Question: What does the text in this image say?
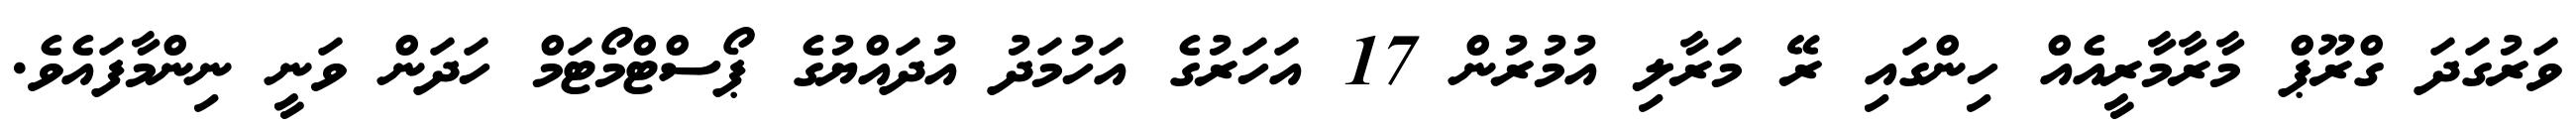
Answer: ވަރުގަދަ ގްރޫޕް މާރާމާރީއެއް ހިންގައި ރޭ މަރާލި އުމުރުން 17 އަހަރުގެ އަހުމަދު އުދައްޔުގެ ޕޯސްޓްމޯޓަމް ހަދަން ވަނީ ނިންމާފައެވެ.